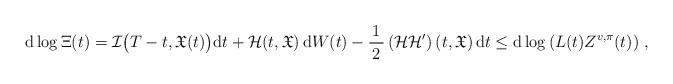
LaTeX: \begin{align*}\mathrm{d}\log \Xi(t)= {\mathcal{I}}\big(T-t,\mathfrak{X}(t)\big)\mathrm{d}t+\mathcal{H}(t,\mathfrak{X})\, \mathrm{d}W(t)-\frac{1}{\,2\,}\left( \mathcal{H}\mathcal{H}'\right) (t,\mathfrak{X})\, \mathrm{d}t \le \mathrm{d}\log \left( L(t)Z^{v,\pi}(t)\right)\,,\end{align*}